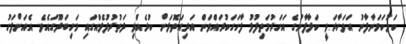
ކަޅުކަމަނާފާނު އަވަހާރަވީ ކަލާފާނުގެ އަހަރުމަތިފުޅު ފާހަގަކުރައްވަން އަރިއަތޮޅަށް ކުރެއްވި ދަތުރުފުޅެއްގައި މަހިބަދޫގައެވެ. އެއަށްފަހު